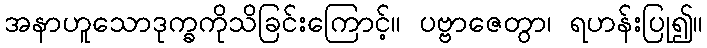
အနာဟူသောဒုက္ခကိုသိခြင်းကြောင့်။ ပဗ္ဗာဇေတွာ၊ ရဟန်းပြု၍။